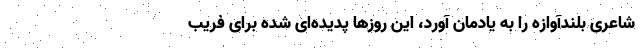
شاعری بلندآوازه را به یادمان آورد، این روزها پدیده‌ای شده برای فریب